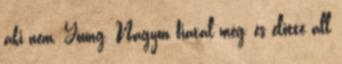
aki nem. Young. Nagyon fiatal még, és előtte áll